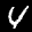
Label: 4